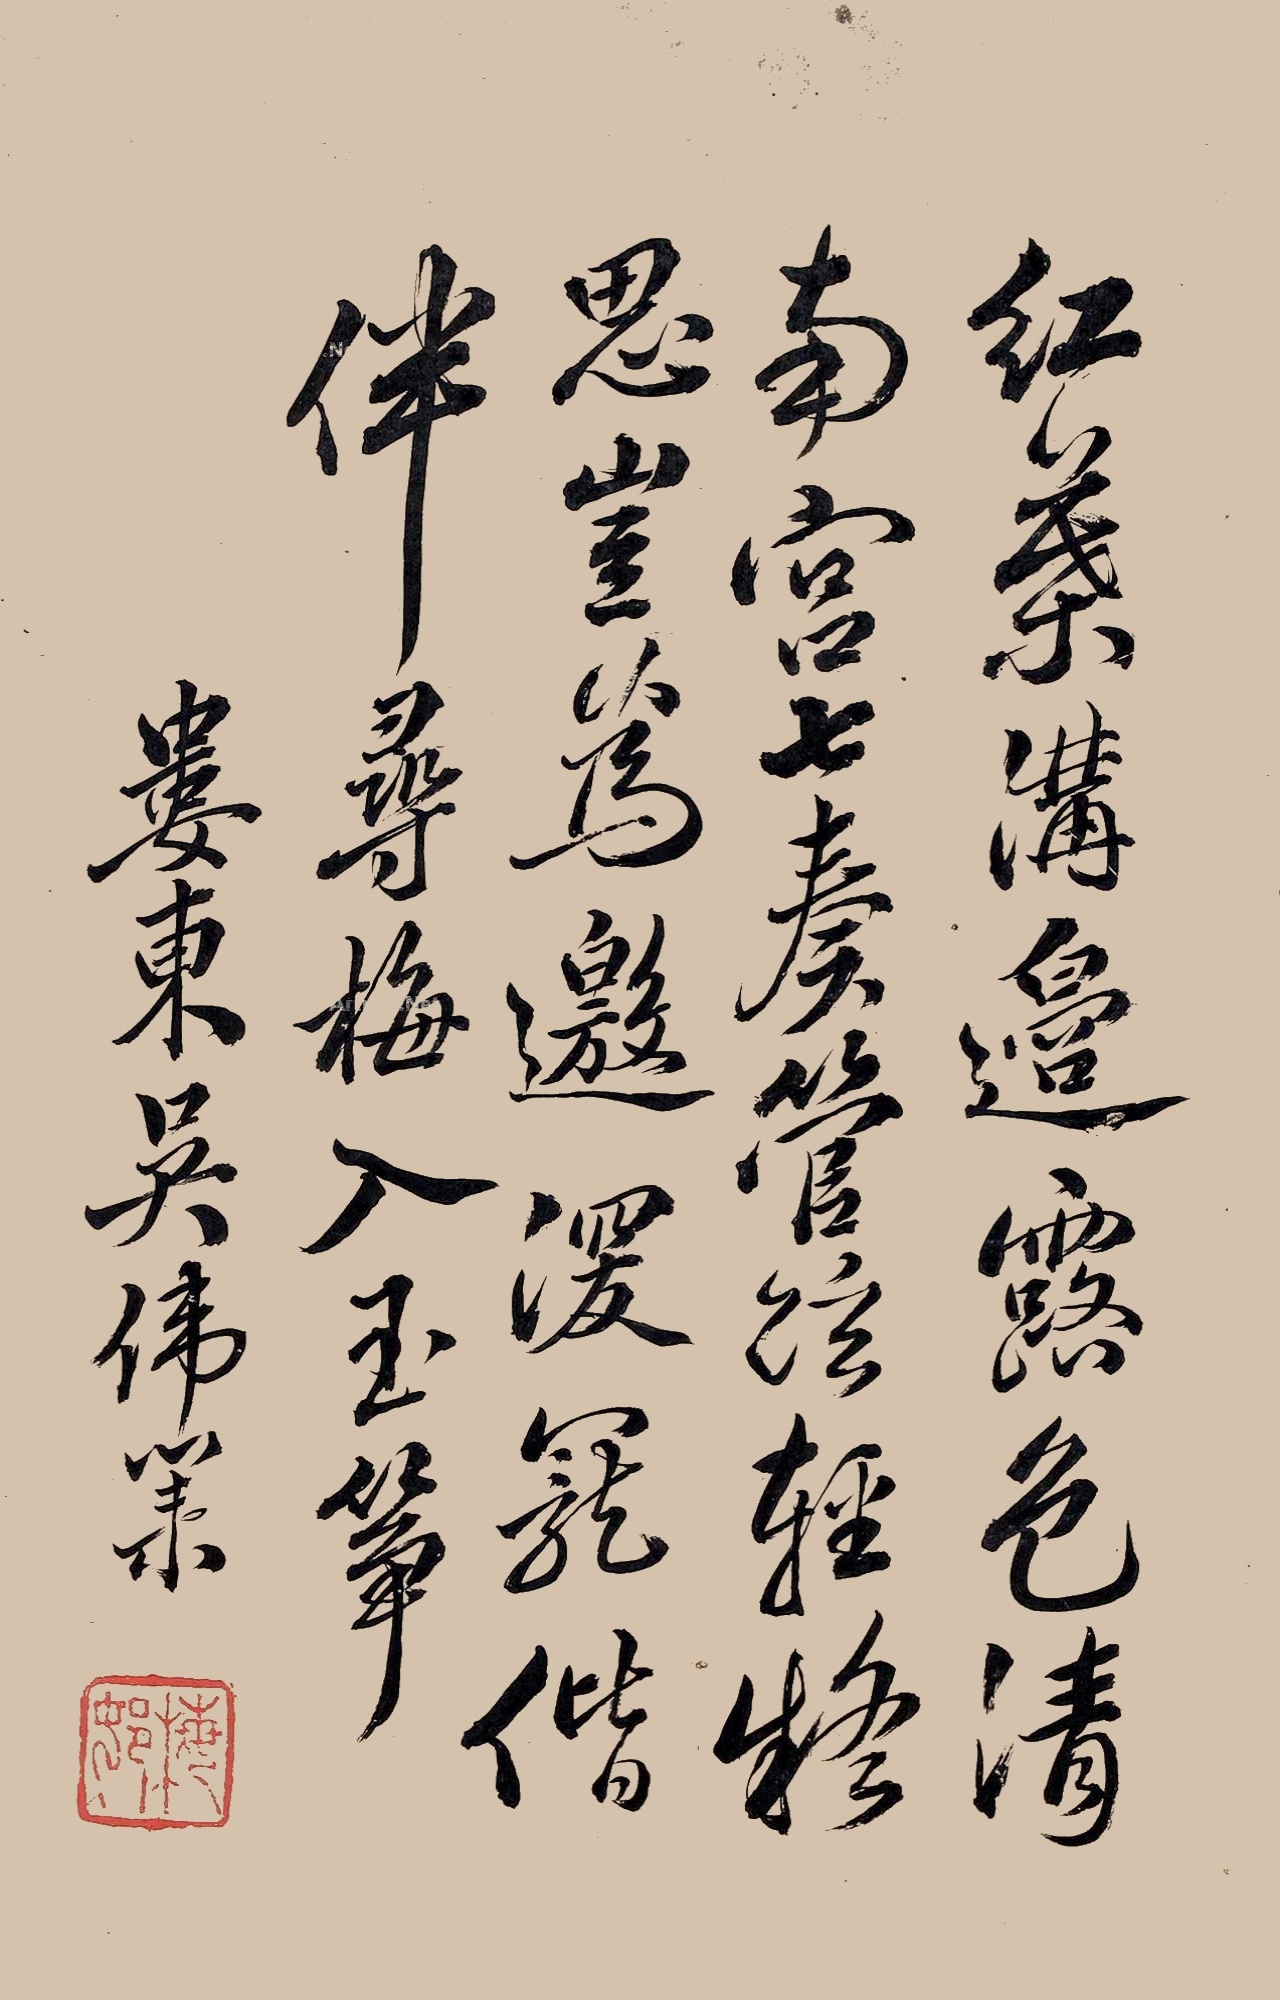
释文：红叶沟边露色清，南宫七奏管弦轻，疑思岂为邀深宠，偕伴寻梅入玉筝。娄东吴伟业。